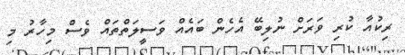
ރިކުއާ ކުރި ވަރަށް ނުލިބޭ އެހެން ބައެއް ވަސީލަތްތައް ވެސް މިހާރު މި